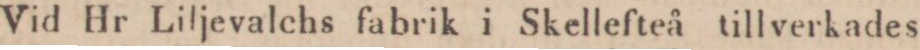
Vid Hr Liljevalchs fabrik i Skellefteå tillverkades